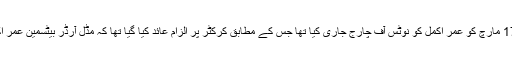
ایکسپریس نیوز کے مطابق پی سی بی اینٹی کرپشن یونٹ نے 17 مارچ کو عمر اکمل کو نوٹس آف چارج جاری کیا تھا جس کے مطابق کرکٹر پر الزام عائد کیا گیا تھا کہ مڈل آرڈر بیٹسمین عمر اکمل سے بکی نے رابطہ کیا جس کی انہوں نے اطلاع نہیں دی۔